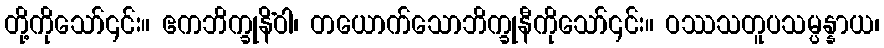
တို့ကိုသော်၎င်း။ ဧကဘိက္ခုနိံဝါ၊ တယောက်သောဘိက္ခုနီကိုသော်၎င်း။ ဝဿသတူပသမ္ပန္နာယ၊